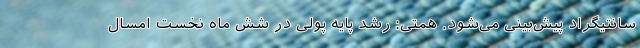
سانتیگراد پیش‌بینی می‌شود. همتی: رشد پایه پولی در شش ماه نخست امسال